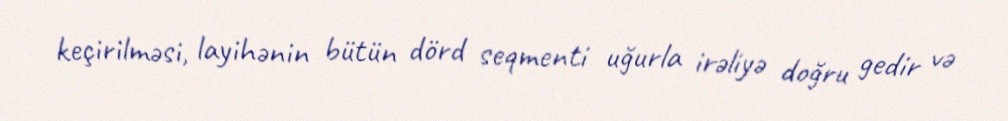
keçirilməsi, layihənin bütün dörd seqmenti uğurla irəliyə doğru gedir və